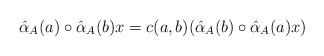
\begin{align*} \hat{\alpha}_{A}(a)\circ \hat{\alpha}_{A}(b)x = c(a,b)(\hat{\alpha}_{A}(b)\circ \hat{\alpha}_{A}(a)x)\end{align*}